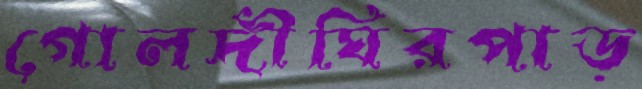
গোলদীঘিরপাড়